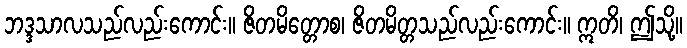
ဘဒ္ဒသာလသည်လည်းကောင်း။ ဇိတမိတ္တောစ၊ ဇိတမိတ္တသည်လည်းကောင်း။ ဣတိ၊ ဤသို့။